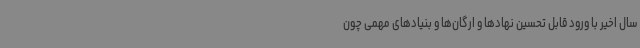
سال اخیر با ورود قابل تحسین نهادها و ارگان‌ها و بنیادهای مهمی چون